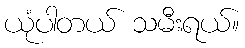
ယုံပါတယ် သမီးရယ်။